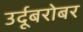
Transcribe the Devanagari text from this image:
उर्दूबरोबर